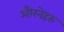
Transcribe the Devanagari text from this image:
औरनेहरु